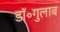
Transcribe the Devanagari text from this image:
डॉ॰गुलाब